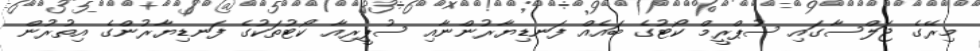
މިރޭގެ ޖަލްސާގައި ސުޕްރީމް ކޯޓުގެ ބައެއް ފަނޑިޔާރުންނާއި ސުޕީރިއާ ކޯޓުތަކުގެ ފަނޑިޔާރުންގެ އިތުރުން